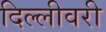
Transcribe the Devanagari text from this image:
दिल्लीवरी